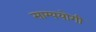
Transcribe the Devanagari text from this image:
साम्ययोगी